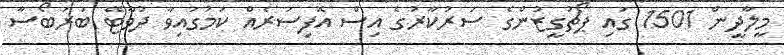
މީލާދީން 1501 ގައި ޕޯޗުގީޒުންގެ ސަރުކާރުގެ އިސް އޮފިސަރެއް ކަމުގައިވާ ދުވާޓޭ ބަރަބޯސާ